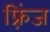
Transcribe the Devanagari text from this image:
फ़्रिंज